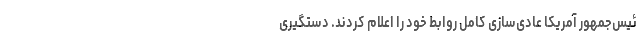
ئیس‌جمهور آمریکا عادی‌سازی کامل روابط خود را اعلام کردند. دستگیری